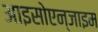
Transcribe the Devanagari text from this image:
आइसोएन्जाइम